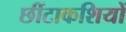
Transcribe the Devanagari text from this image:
छींटाकशियों